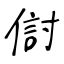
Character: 傠